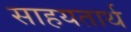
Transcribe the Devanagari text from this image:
साहयतार्थ